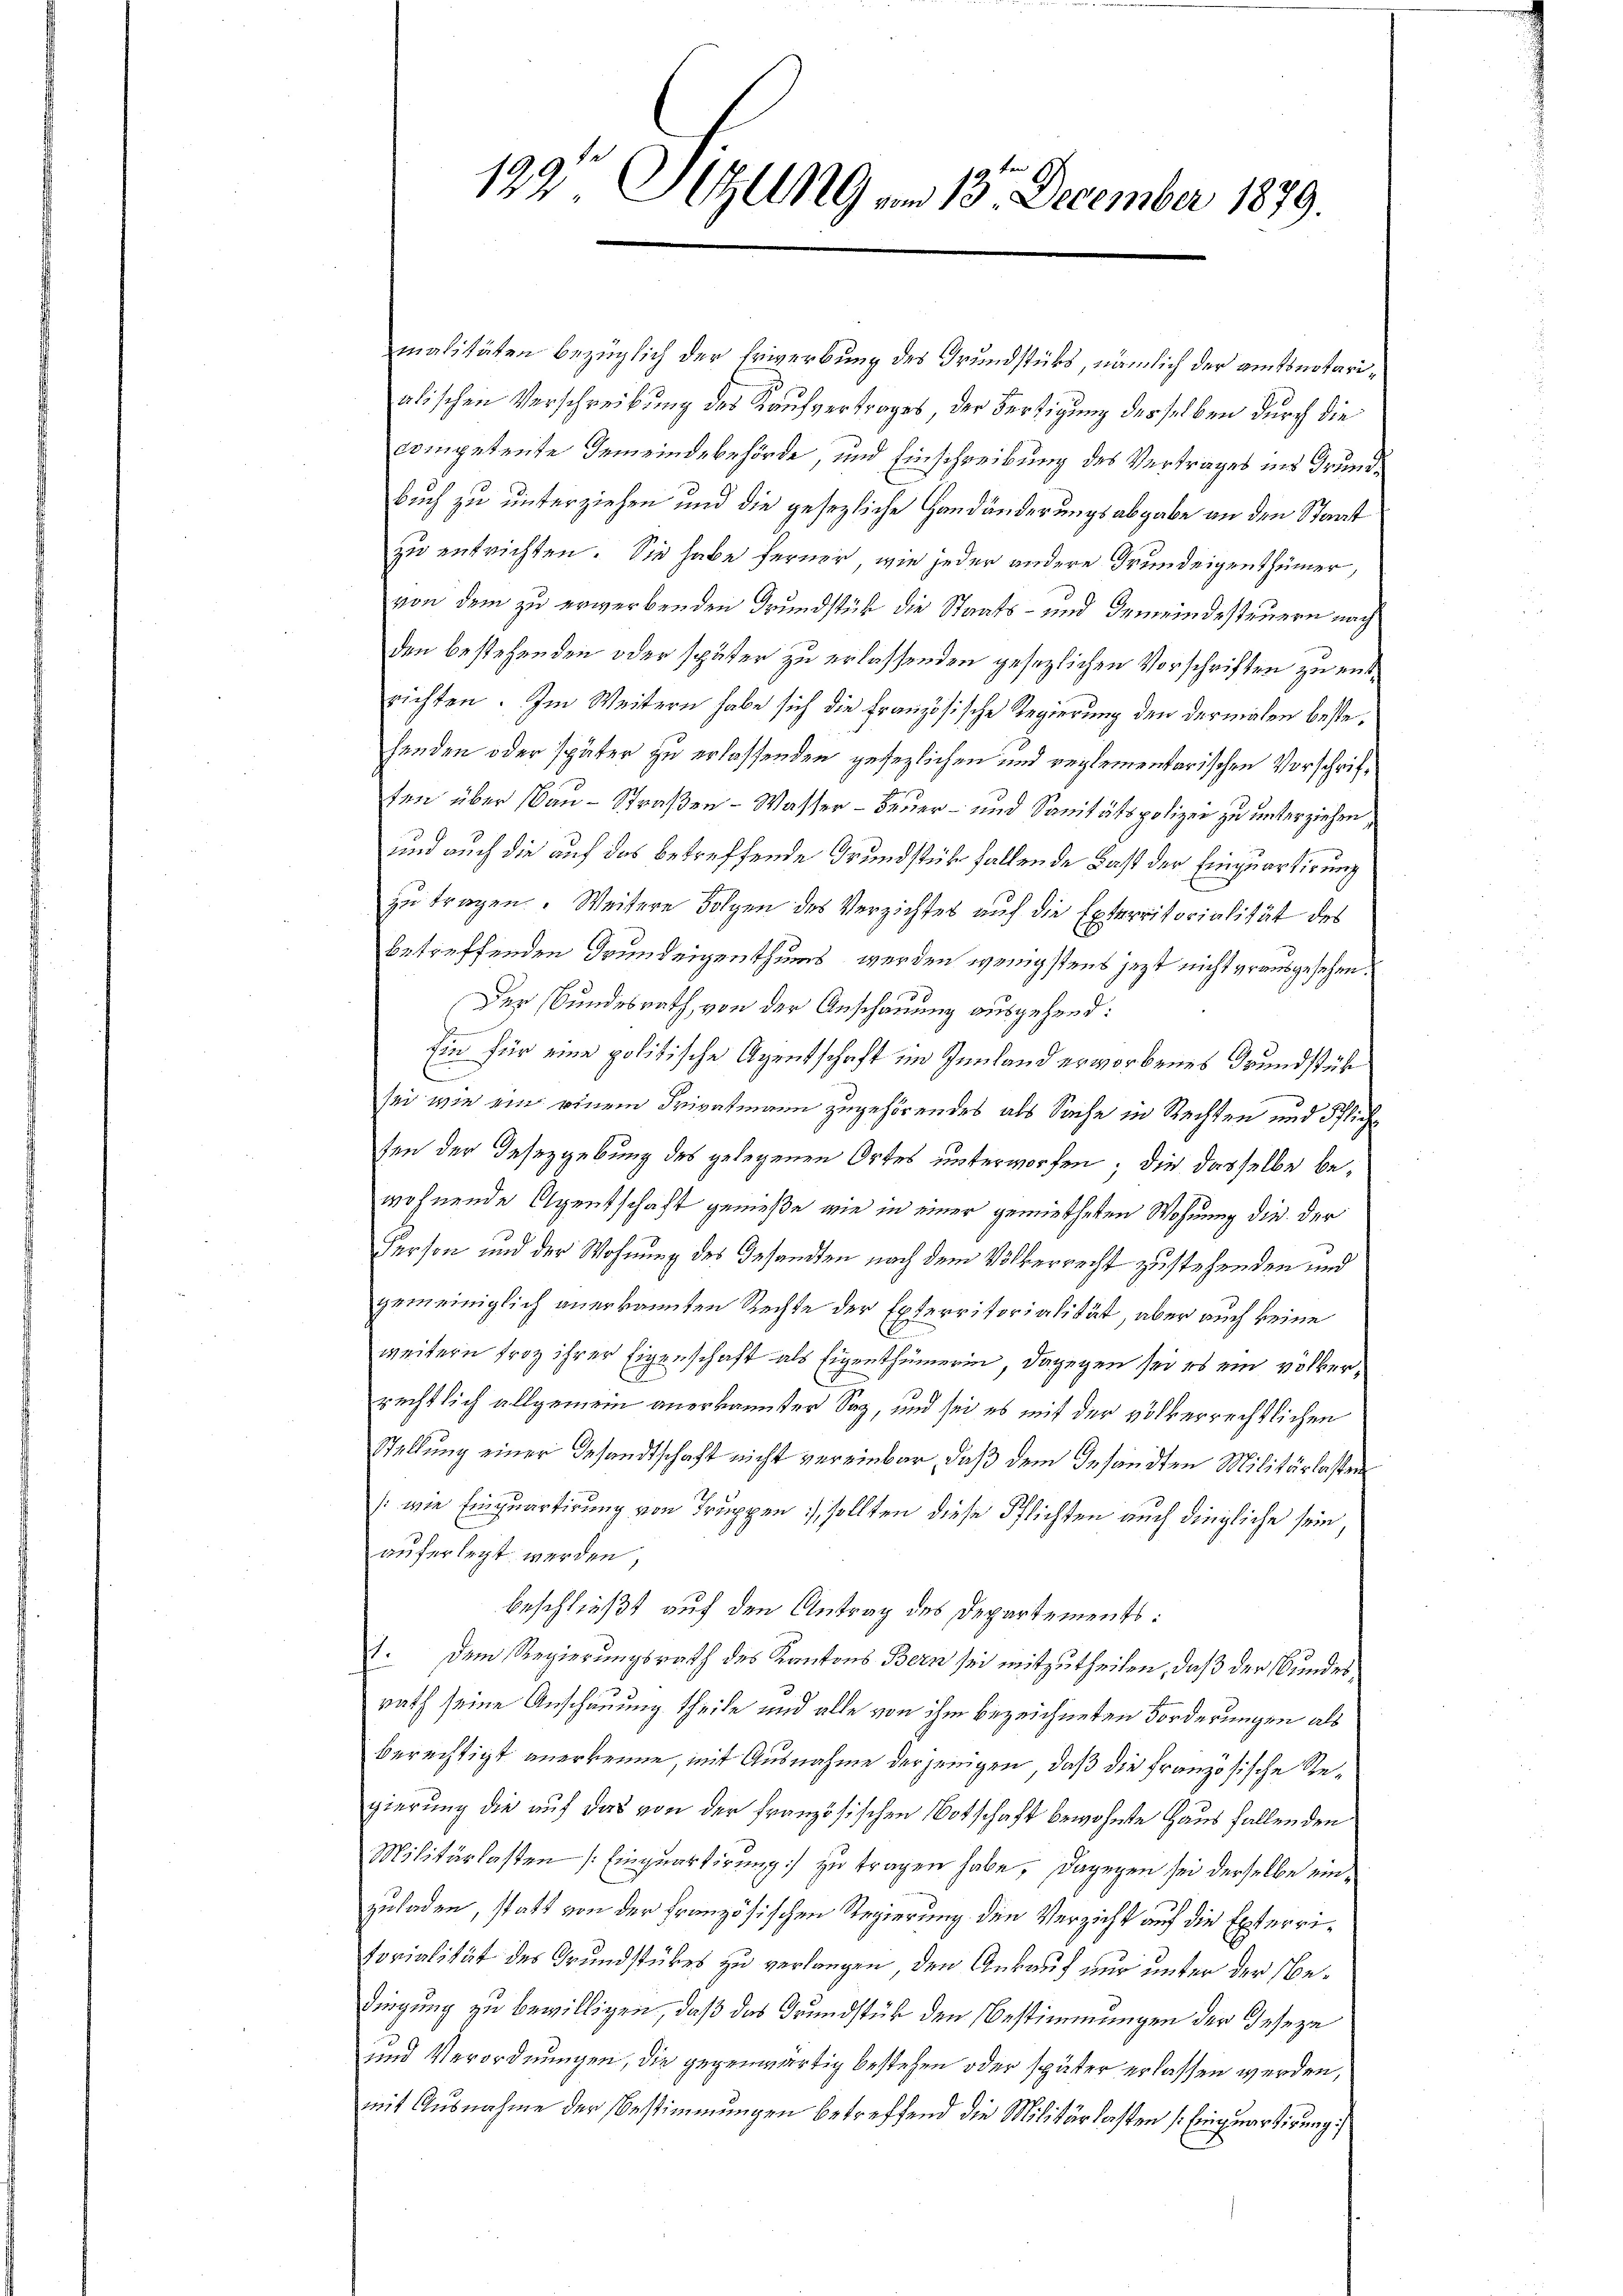
132' Sitzung am 13. December 1879.

malitäten bezüglich der Erwerbung des Grundstüks, nämlich der amtsnotarialischen Verschreibung des Kaufvertrages, der Fertigung desselben durch die
competente Gemeindebehörde, und Einschreibung des Vertrages ins Grund¬
Buch zu unterziehen und die gesezliche Handänderungsabgabe an den Staat
zu entrichten. Sie habe ferner, wie jeder andere Grundeigenthümer,
von dem zu erwerbenden Grundstük die Staats- und Gemeindesteuern nach
den bestehenden oder später zu erlassenden gesezlichen Vorschriften zu entrichten. Im Weitern habe sich die Französische Regierung den dermalen bestehenden oder später zu erlassenden gesezlichen und reglementarischen Vorschriften über Bau - Straßen - Wasser – Feuer- und Sanitätspolizei zu unterziehen,
und auch die auf das betreffende Grundstück fallende Fast der Einquartirung
zu tragen. Weitere Folgen des Verzichtes auf die Exterritorialität des
betreffenden Grundeigenthums werden wenigstens jezt nicht vrausgesehen.
Der Bundesrath, von der Anschauung ausgehend:
din für eine politische Agentschaft im Innland erworbenes Grundstüh
C
sei, wie ein einem Privatmann zugehörendes als Sache in Rechten und Pflichfen der Gesezgebung des gelegenen Ortes unterworfen; die dasselbe bewohnende Agentschaft genieße, wie in einer gemietheten Wohnung die der
Person und der Wohnung des Gesandten nach dem Völkerrecht zustehenden und
gemeiniglich anerkannten Rechte der Exterritorialität, aber auch keine
weitern froh ihrer Eigenschaft als Eigenthümerin, dagegen sei es ein völkerrechtlich allgemein anerkannter Sag, und sei es mit der völkerrechtlichen
Stellung einer Gesandtschaft nicht vereinbar, daß dem Gesandten Militärlasten
(:wie Einquartirung von Truppen :/ sollten diese Pflichten auch dingliche sein
auferlegt werden,
beschließt auf den Antrag des Departements:
1. Dem Regierungsrath des Kantons Bern sei mitzutheilen, daß der Bundesrath seine Anschauung theile und alle von ihm bezeichneten Forderungen als
berechtigt anerkenne, mit Ausnahme derjenigen, daß die französische Regierung die auf das von der französischen Botschaft bewohnte Haus fallenden
Militärlasten (Einquartirung) zu tragen habe, dagegen sei derselbe einzuladen, statt von der französischen Regierung den Verzicht auf die Exterri¬
Forialität des Grundstübes zu verlangen, den Ankauf nur unter der bedingung zu bewilligen, daß das Grundstück den Bestimmungen der Geseze
und Verordnungen, die gegenwärtig bestehen oder später erlassen werden,
mit Ausnahme der Bestimmungen betreffend die Militär lasten (Einquartirung